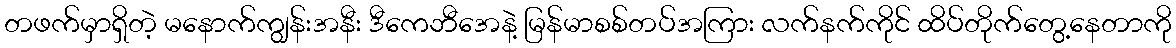
တဖက်မှာရှိတဲ့ မနောက်ကျွန်းအနီး ဒီကေဘီအေနဲ့ မြန်မာစစ်တပ်အကြား လက်နက်ကိုင် ထိပ်တိုက်တွေ့နေတာကို